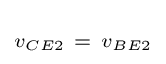
\scriptstyle v_{CE2}~=~v_{BE2}